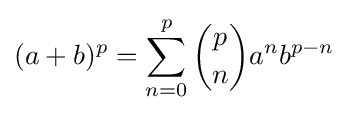
(a+b)^{p}=\sum _{n=0}^{p}{p \choose n}a^{n}b^{p-n}